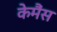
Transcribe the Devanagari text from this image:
केमैंस